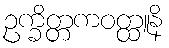
ဥက္ခိတ္တကဝတ္ထူနိ